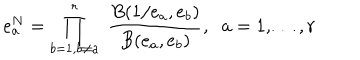
LaTeX: e _ { a } ^ { N } = \prod _ { b = 1 , b \neq a } ^ { r } \; \frac { B ( 1 / e _ { a } , e _ { b } ) } { B ( e _ { a } , e _ { b } ) } , \; \; a = 1 , \ldots , r